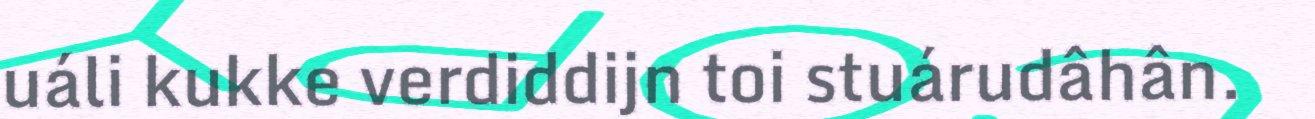
uáli kukke verdiddijn toi stuárudâhân.